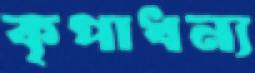
কৃপাধন্য